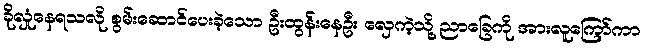
ခိုလှုံနေရသလို စွမ်းဆောင်ပေးခဲ့သော ဦးထွန်းနေဦး လှေကဲ့သို့ ညာခြေကို အားလူကြော်ကာ